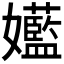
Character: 𫲝